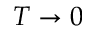
T \rightarrow 0